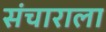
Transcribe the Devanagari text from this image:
संचाराला